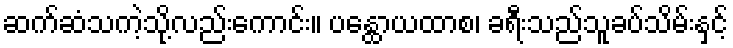
ဆက်ဆံသကဲ့သို့လည်းကောင်း။ ပန္ထောယထာစ၊ ခရီးသည်သူခပ်သိမ်းနှင့်